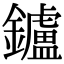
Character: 鑪